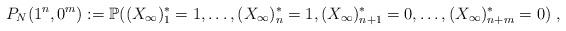
LaTeX: \begin{align*}P_{N}(1^{n},0^{m}) := \mathbb{P}((X_{\infty})^{*}_{1} = 1,\dots,(X_{\infty})^{*}_{n} = 1,(X_{\infty})^{*}_{n+1} = 0, \dots ,(X_{\infty})^{*}_{n+m} = 0)\;,\end{align*}